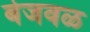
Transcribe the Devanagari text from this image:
बेजवळ